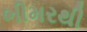
ભીમરથી